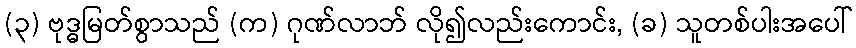
(၃) ဗုဒ္ဓမြတ်စွာသည် (က) ဂုဏ်လာဘ် လို၍လည်းကောင်း, (ခ) သူတစ်ပါးအပေါ်